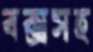
বক্সসহ